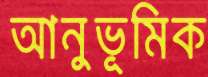
আনুভূমিক